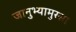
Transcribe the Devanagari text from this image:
जानुभ्यामुरसा